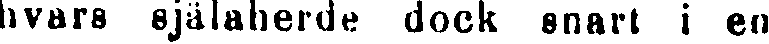
hvars själaherde dock snart i en